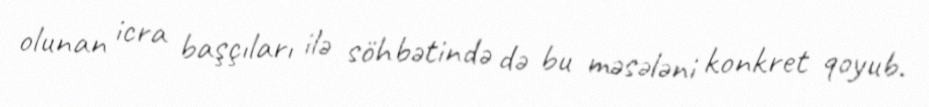
olunan icra başçıları ilə söhbətində də bu məsələni konkret qoyub.